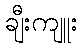
ချီးကျူး